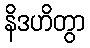
နိဒဟိတွာ